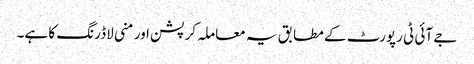
جے آئی ٹی رپورٹ کے مطابق یہ معاملہ کرپشن اور منی لاڈرنگ کا ہے۔